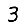
Digit: 3